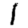
Digit: 1